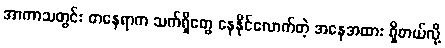
အာကာသတွင်း တနေရာက သက်ရှိတွေ နေနိုင်လောက်တဲ့ အနေအထား ရှိတယ်လို့